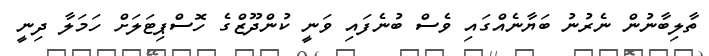
ތާލިބާނުން ނެރުނު ބަޔާނެއްގައި ވެސް ބުނެފައި ވަނީ ކުންދޫޒްގެ ހޮސްޕިޓަލަށް ހަމަލާ ދިނީ